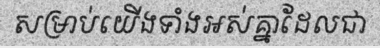
សម្រាប់យើងទាំងអស់គ្នាដែលជា